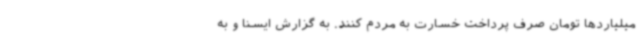
میلیاردها تومان صرف پرداخت خسارت به مردم کنند. به گزارش ایسنا و به